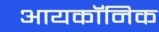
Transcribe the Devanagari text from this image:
आयकॉनिक